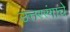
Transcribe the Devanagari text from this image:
उत्तररंगाचे